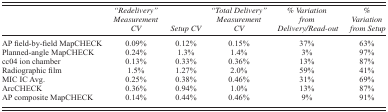
|  | ”Redelivery” Measurement CV | Setup CV | ”Total Delivery” Measurement CV | % Variation from Delivery/Read‐out | % Variation from Setup |
 | --- | --- | --- | --- | --- | --- |
 | AP field‐by‐field MapCHECK | 0.09% | 0.12% | 0.15% | 37% | 63% |
 | Planned‐angle MapCHECK | 0.24% | 1.3% | 1.4% | 3% | 97% |
 | cc04 ion chamber | 0.13% | 0.33% | 0.36% | 13% | 87% |
 | Radiographic film | 1.5% | 1.27% | 2.0% | 59% | 41% |
 | MIC IC Avg. | 0.25% | 0.38% | 0.46% | 31% | 69% |
 | ArcCHECK | 0.36% | 0.94% | 1.0% | 13% | 87% |
 | AP composite MapCHECK | 0.14% | 0.44% | 0.46% | 9% | 91% |